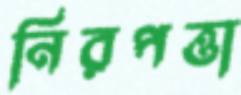
নিরপত্তা